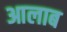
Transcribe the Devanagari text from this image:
आलाब